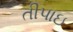
તીપાઇ